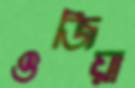
ওজিয়া